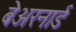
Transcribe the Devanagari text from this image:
बेअरनार्ड